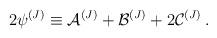
LaTeX: \begin{align*}2 {\psi}^{(J)} \equiv {\cal{A}}^{(J)} +{\cal{B}}^{(J)} + 2 {\cal{C}}^{(J)} \,. \end{align*}